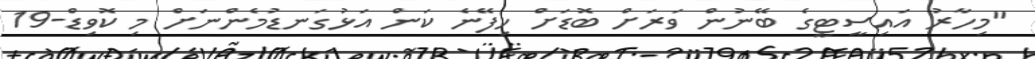
"މިހާރު އައިސީޓީގެ ބޭނުން ވަރަށް ބޮޑަށް ހިފޭނެ ކަން އަޅުގަނޑުމެންނަށް މި ކޮވިޑް-19